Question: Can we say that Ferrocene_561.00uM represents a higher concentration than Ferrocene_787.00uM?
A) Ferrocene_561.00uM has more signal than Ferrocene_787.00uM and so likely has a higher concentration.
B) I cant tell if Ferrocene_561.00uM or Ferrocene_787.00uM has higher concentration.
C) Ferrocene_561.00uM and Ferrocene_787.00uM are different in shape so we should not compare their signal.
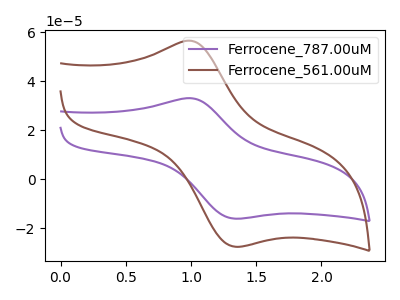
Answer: <think>The purple curve "Ferrocene_787.00uM" has an anodic peak at (1.00V, 33.00uA) and a cathodic peak at (1.40V, -16.15uA). The brown curve "Ferrocene_561.00uM" has an anodic peak at (1.00V, 56.40uA) and a cathodic peak at (1.40V, -27.60uA).
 All the peaks in "Ferrocene_561.00uM" have a peak in "Ferrocene_787.00uM" at the same potential. Every peak in "Ferrocene_561.00uM" is higher than every peak in "Ferrocene_787.00uM".</think>
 <answer>A) "Ferrocene_561.00uM" has more signal than "Ferrocene_787.00uM" and so likely has a higher concentration.</answer>
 <eval>A</eval>